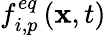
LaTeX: f_{i,p}^{eq}\left(\mathbf{x},t\right)